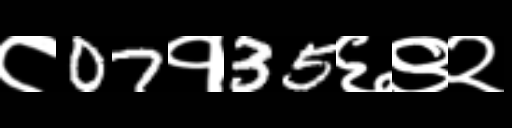
Text: ८07१35६९२